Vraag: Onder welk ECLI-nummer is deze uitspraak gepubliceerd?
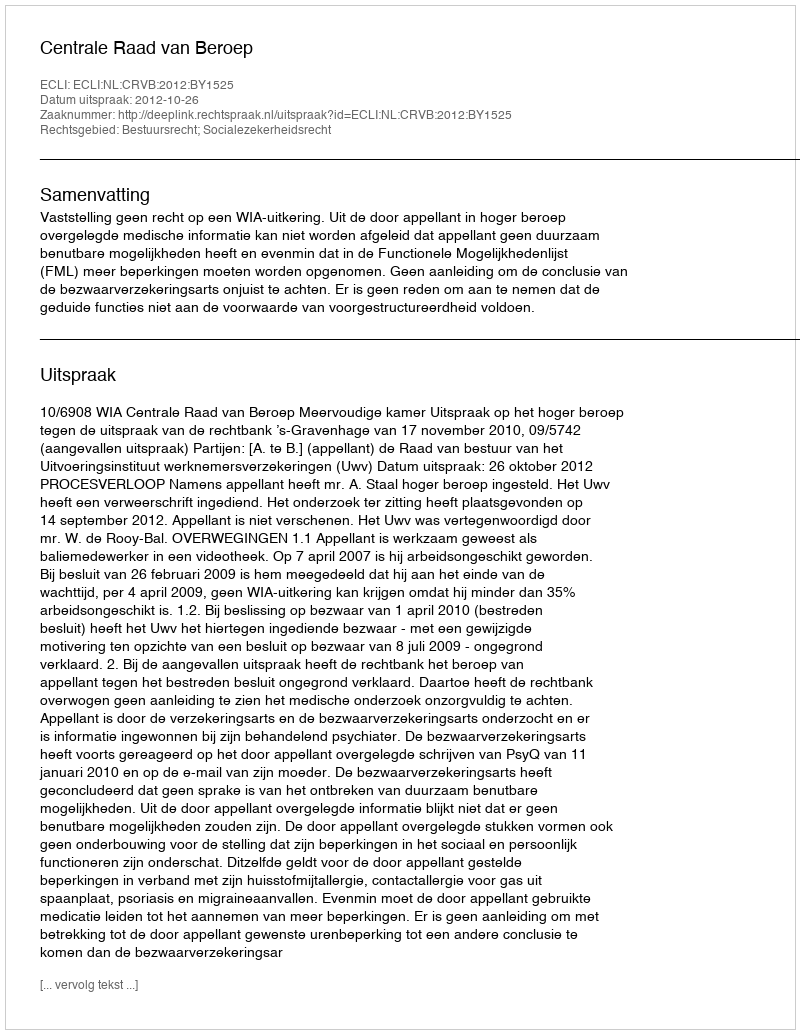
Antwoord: ECLI:NL:CRVB:2012:BY1525